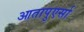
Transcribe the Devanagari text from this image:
आतापुएर्सा